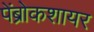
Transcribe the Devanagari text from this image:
पेंब्रोकशायर